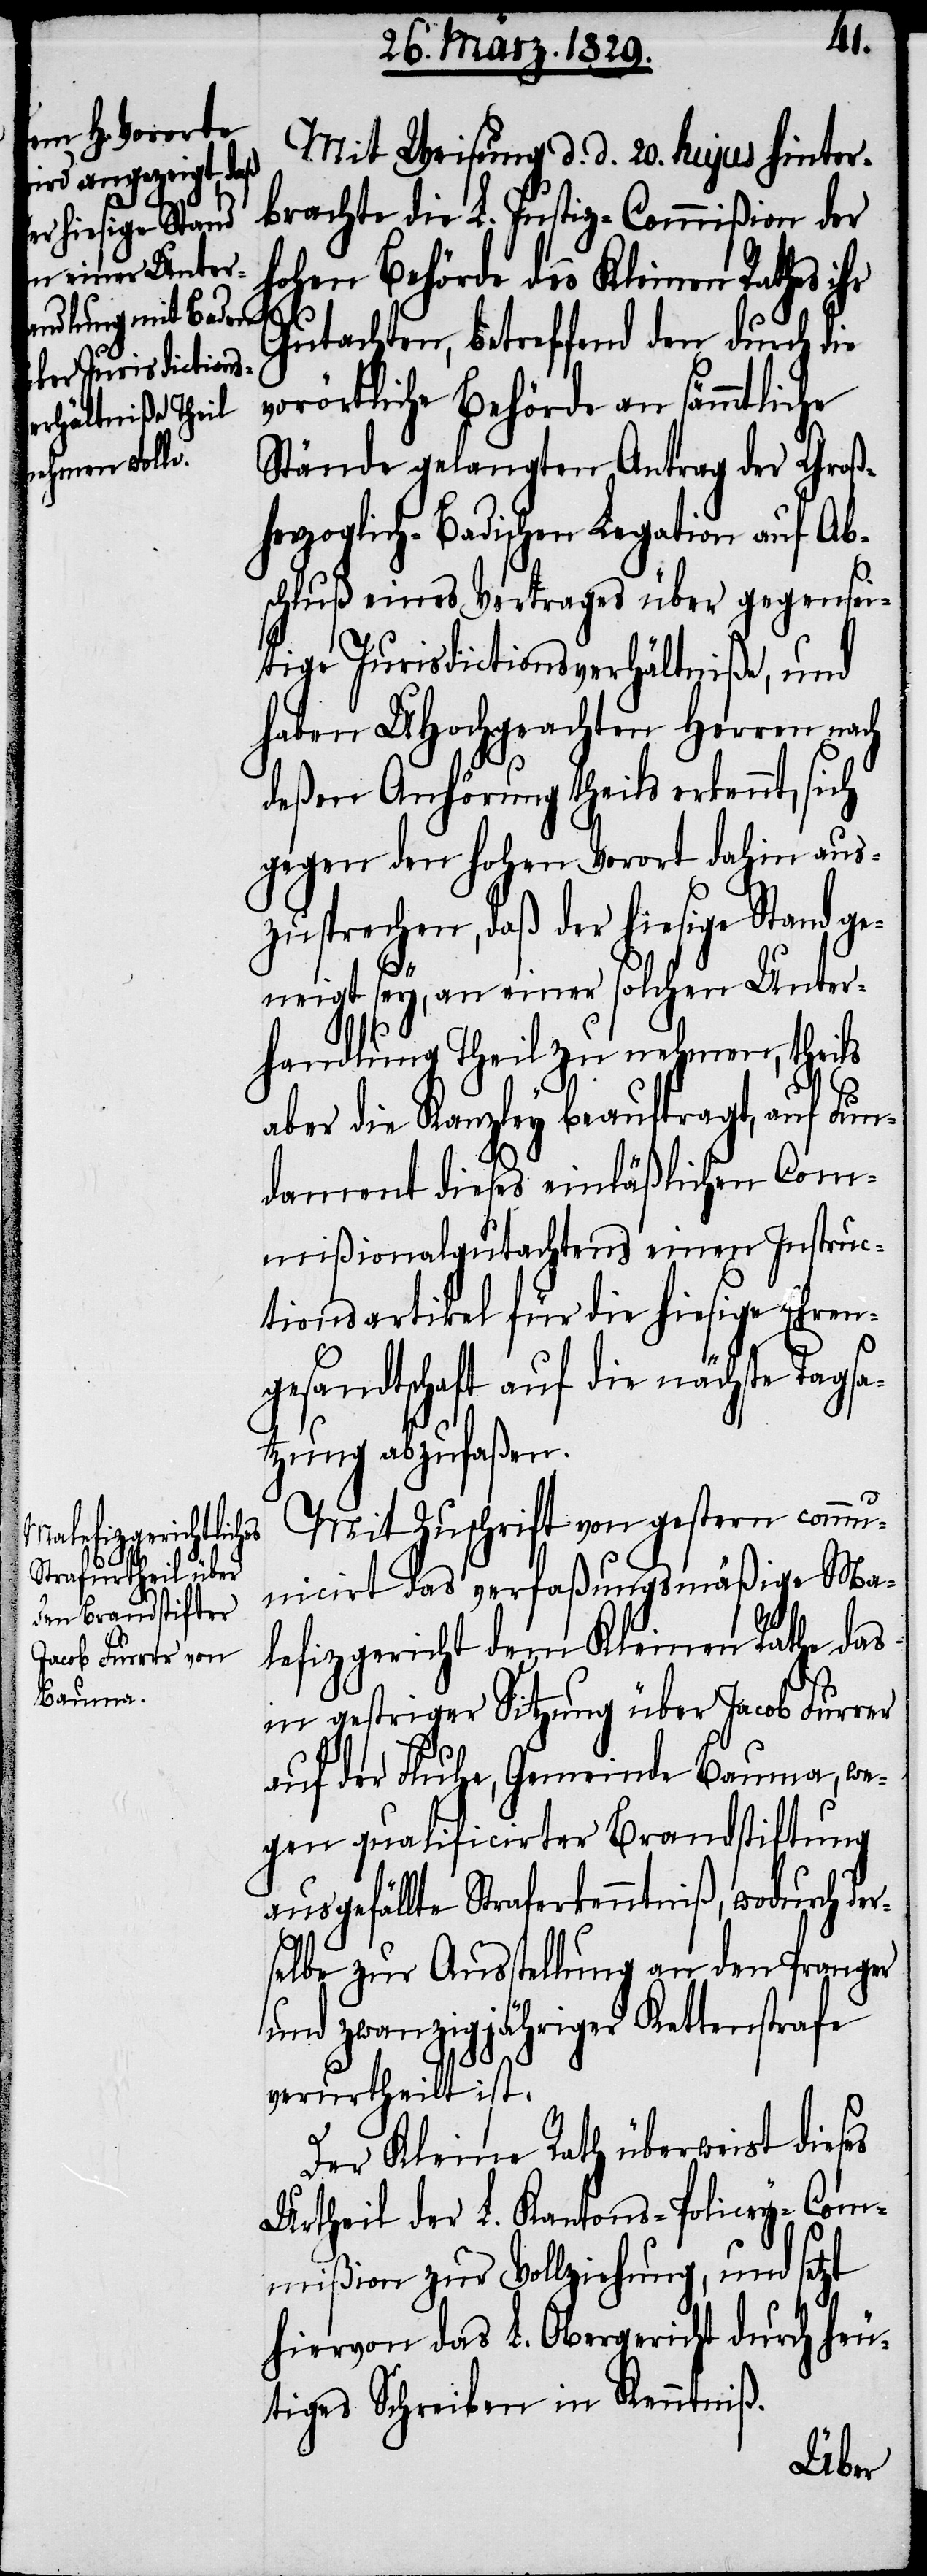
Mit Weisung d. d. 20. hujus hinter¬
brachte die L. Justiz-Commißion der
hohen Behörde des Kleinen Rathes
Gutachten, betreffend den durch die
vorörtliche Behörde an sämmtliche
Stände gelangte Antrag der Groß¬
herzoglich-Badischen Legation auf Ab¬
schluß eines Vertrages über gegensei¬
tige Jurisdictionsverhältniße, und
haben UHochgeachten Herren nach
deßen Anhörung erkennt, sich
gegen den hohen Vorort dahin aus¬
zusprechen, daß der hiesige Stand ge¬
neigt sey, an einer solchen Unter¬
handlung Theil zu nehmen, theils
aber die Kanzley beaufragt, auf Fun¬
dament dieses einläßlichen Com¬
mißionalgutachtens einen Instruc¬
tionsartikel für die hiesige Ehren¬
gesandtschaft auf die nächste Tagsa¬
tzung abzufaßen.
Mit Zuschrift von gestern comm¬
unicirt das verfaßungsmäßige Ma¬
lefizgericht dem Kleinen Rathe das
in gestriger Sitzung über Jacob Furrer
auf der Fluhe, Gemeinde Bauma, we¬
gen qualificirter Brandstiftung
ausgefällte Straferkenntniß, wodurch der¬
selbe zur Ausstellung an den Pranger
und zwanzigjähriger Kettenstrafe
verurtheilt ist.
Der Kleine Rath überweist dieses
Urtheil der L. Kantons-Policey-Com¬
mißion zur Vollziehung, und setzt
hiervon das L. Obergericht durch heu¬
tiges Schreiben in Kenntniß.